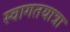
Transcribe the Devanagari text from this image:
स्वागतयात्रा